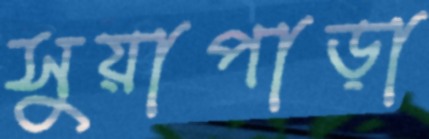
সুয়াপাড়া